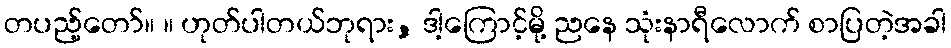
တပည့်တော်။ ။ ဟုတ်ပါတယ်ဘုရား, ဒါ့ကြောင့်မို့ ညနေ သုံးနာရီလောက် စာပြတဲ့အခါ